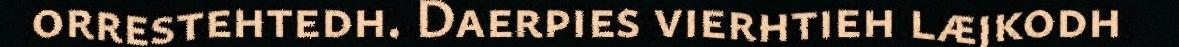
orrestehtedh. Daerpies vierhtieh læjkodh